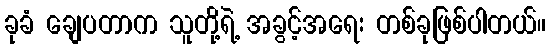
ခုခံ ချေပတာက သူတို့ရဲ့ အခွင့်အရေး တစ်ခုဖြစ်ပါတယ်။